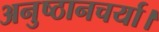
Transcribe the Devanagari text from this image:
अनुष्ठानचर्या।